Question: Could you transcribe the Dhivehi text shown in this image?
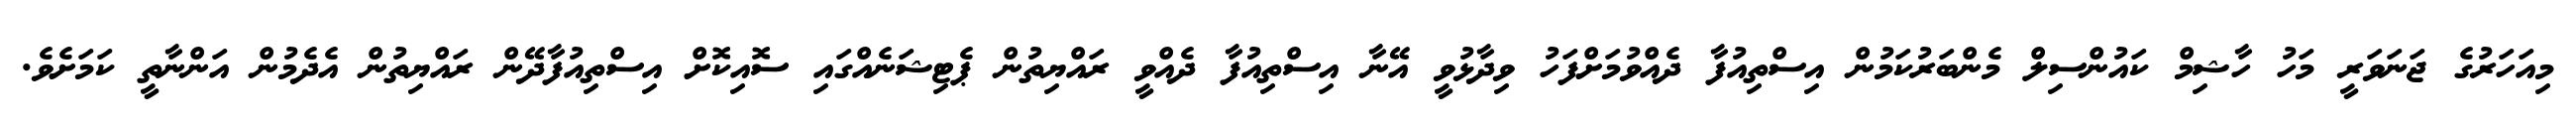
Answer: މިއަހަރުގެ ޖަނަވަރީ މަހު ހާޝިމް ކައުންސިލް މެންބަރުކަމުން އިސްތިއުފާ ދެއްވުމަށްފަހު ވިދާޅުވީ އޭނާ އިސްތިއުފާ ދެއްވީ ރައްޔިތުން ޕެޓިޝަނެއްގައި ސޮއިކޮށް އިސްތިއުފާދޭން ރައްޔިތުން އެދެމުން އަންނާތީ ކަމަށެވެ.